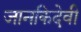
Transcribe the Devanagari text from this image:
जानकिदेवी